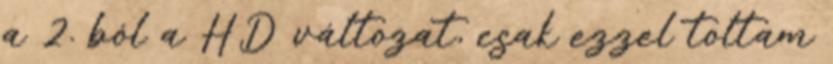
a 2. ból a HD változat, csak ezzel toltam